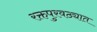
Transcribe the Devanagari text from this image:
रक्तपुरवठ्यात